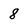
Character: 8